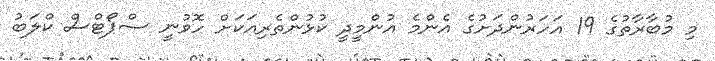
މި މުބާރާތުގެ 19 އަހަރުންދަށުގެ އެންމެ އުންމީދީ ކުޅުންތެރިއަކަށް ހޮވުނީ ސްޕޯޓްސް ކްލަބު